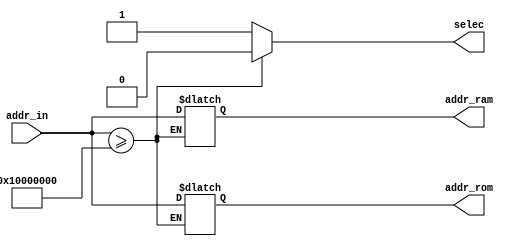
module addr_dir
#(
	parameter width = 32
)( 
	input [width-1:0] addr_in,
	output reg [width-1:0] addr_ram, addr_rom,
	output reg selec
);

always@(addr_in) begin
	if (addr_in >= 32'h1000_0000) begin
		addr_ram <= addr_in;
		selec <= 1'b0;
		end
	else begin
		addr_rom <= addr_in;
		selec <= 1'b1;		
		end
	end
endmodule